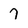
Character: 7